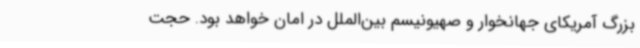
بزرگ آمریکای جهانخوار و صهیونیسم بین‌الملل در امان خواهد بود. حجت